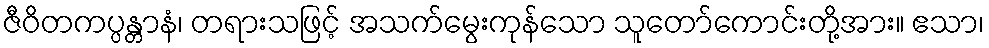
ဇီဝိတကပ္ပန္တာနံ၊ တရားသဖြင့် အသက်မွေးကုန်သော သူတော်ကောင်းတို့အား။ ဧသာ၊